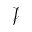
\mathcal { J }